Bréfritari: Klemens Björnsson
Viðtakandi: Jón Borgfirðings Jónsson
Dagsetning: A-1854-10-16
Skrifað á: Bjarteyjarsandi  Borg.

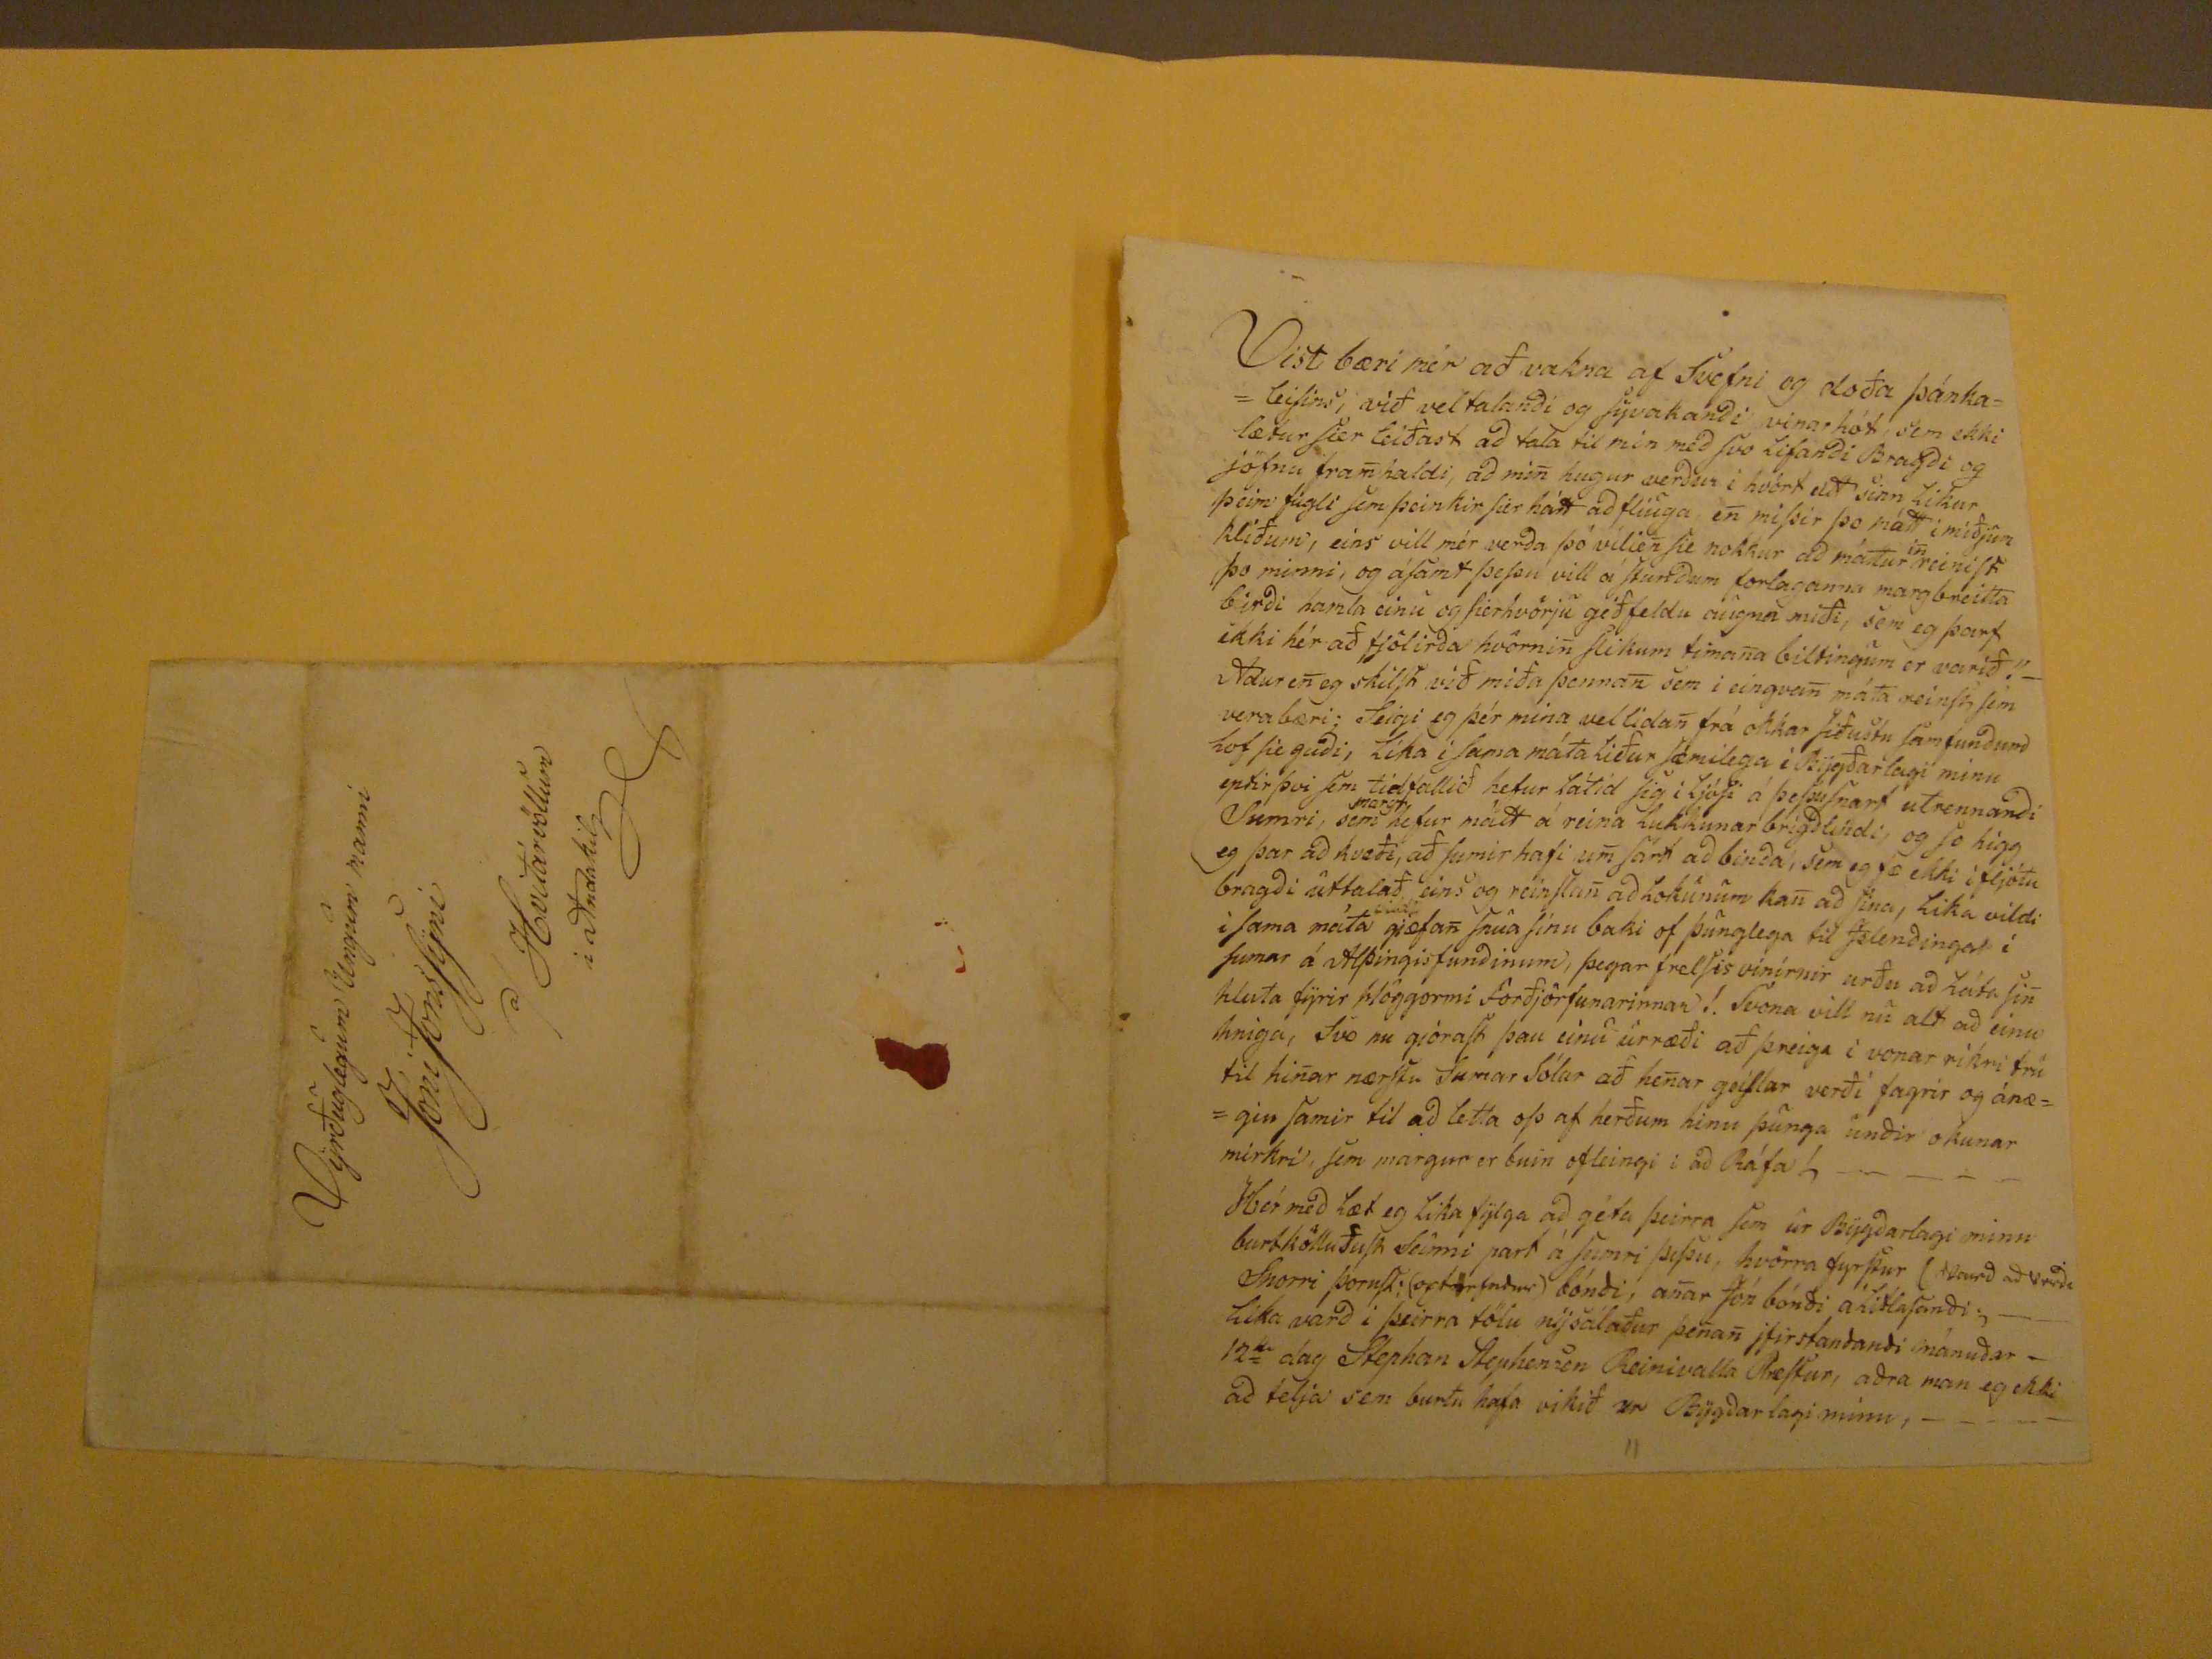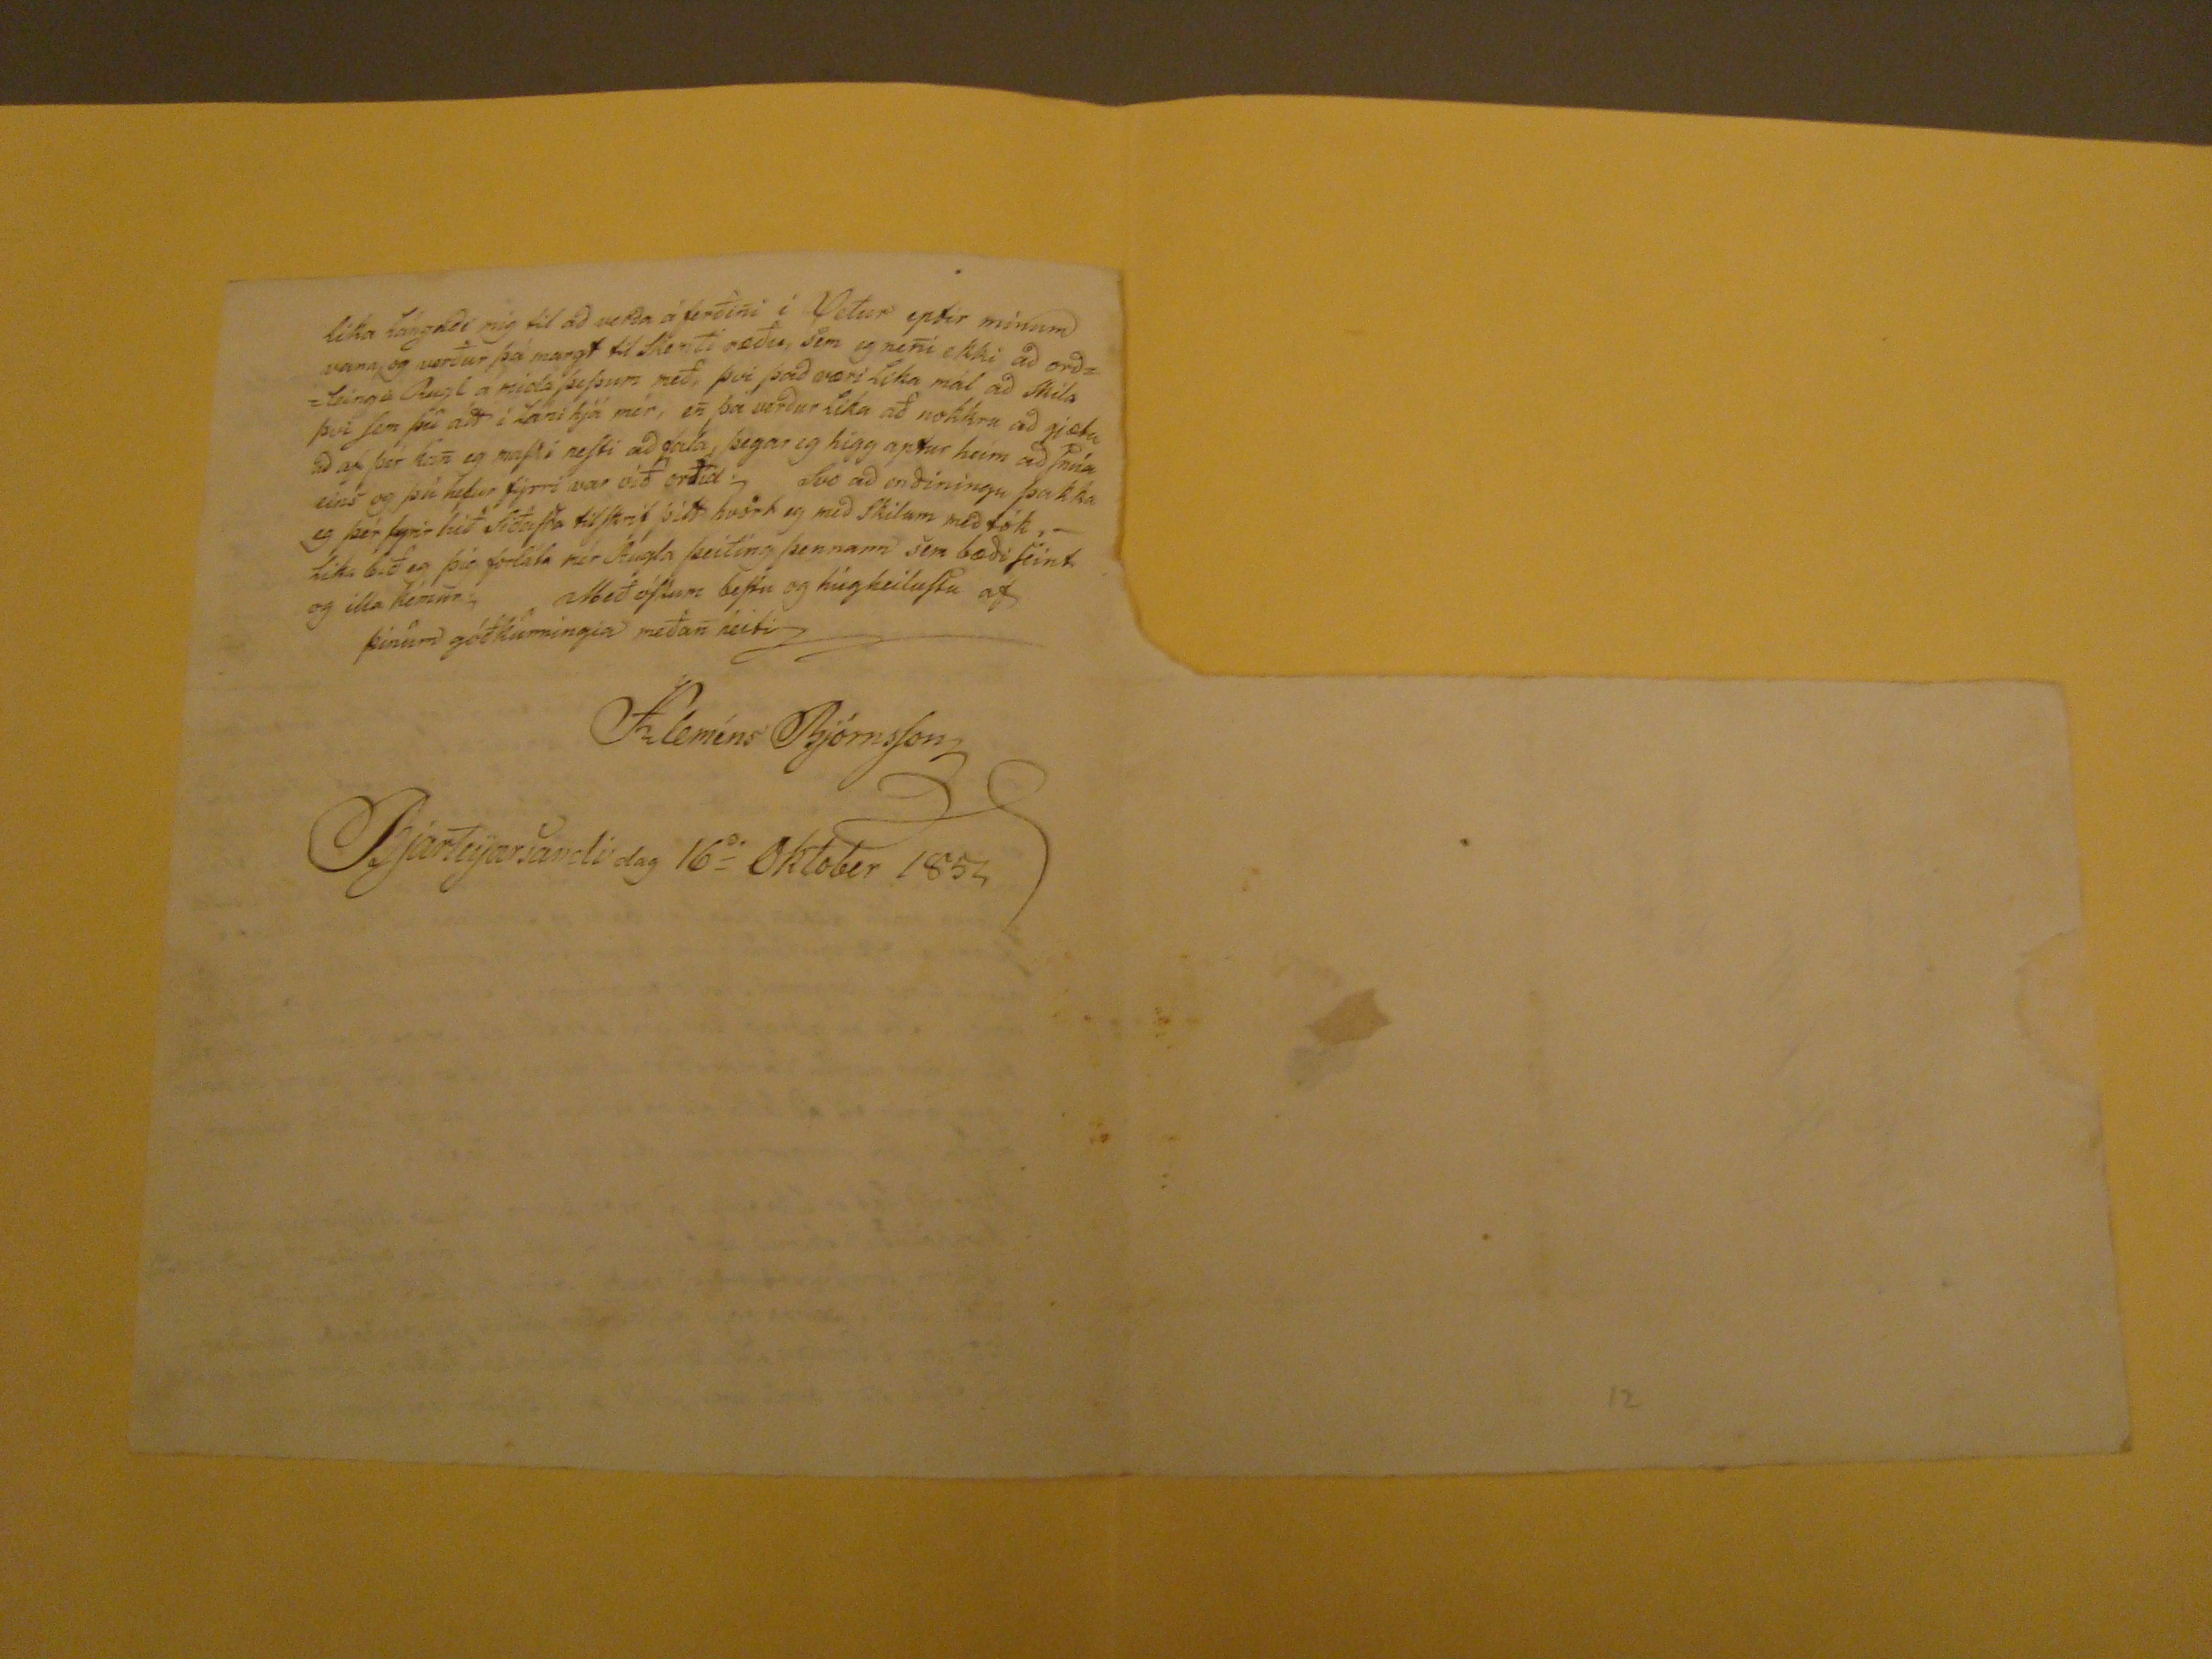

Vist bæri mér að vakna af svefni og doða þánkaleisins, við vel talanði og syvakanði vinarhót sem ekki lætur fier leiðast að tala til mín með svo lifanði Bragði og jöfnu fram haldi, að min hugur verður í hvört eitt sinn likur þeim fugli semþæeinkir sier hátt að fliuga en missir þo mátt i miðjum kliðum, ein svill mér verða þó vilien sie nokkur að máttur
in
reinist þo minni, g ásamt þessu vill á stunðum forlaganna margbreitta birði hamla einu og sierhvörju géðfeldu augna miði, sem eg þarf ekki hér að fjölirða hvörnin slikum timana biltingum er varið. Adur en eg skilst við miða þennan sem i eingvan máta reinst sem verabæri; seigi eg þér mina vellidan frá okkar siðustu samfunðum lof sie guði, lika i sama máta liður sæmilega i Bygðarlagi minu eptir þvi sem tidfallið hefur látið sig i ljósi á þessu snart utrennanði Sumri, sem
margr
hefur mátt á reina lukkunar brigðlindi, og so higg eg þar að kvæði, að sumir hafi um sárt að binða, sem eg fæ ekki i fljótu bragði úttalað eins og reinslan að lokunum kan að sina, lika vildi i sama máta
vildi
giæfan snúa sinu baki of þunglega til Islenðinga i sumar á Alþingisfunðinum, þegar frelsisvinirnir urðu að láta sin hluta fyrir Höggormi forðjörfunarinnar! Svona vill nú alt að ein u hniga, svo nu gjorast þau einu urræði að þreiga i vonar rikri tru til hinar nærstu sumarsólar að henar geislar verði fagrir og ánægiu samir til að letta oss af herðum hinu þunga unðir okunar mirkri, sem margur er buin ofleikgi i að Ráfa! - - - Hér með læt eg lika fylga að géta þeirra sem ur Bygðarlagi minu burtkölluðust seinni part á sumri þessu, hvörra fyrstur (
varð að verða
Snorri
Þornst.(ogtorfuður)
bónði, anar Jón bónði á Litlasanði. - - Lika varð i þeirra tölu nysálaður þenan jfirstanðanði mánuðar 12
ta
dag Stephan Stephanson Reinivalla Prestur, aðra man eg ekki að telja sem burtu hafa vikið ur Bygðarlagi minu, - - - -
lika lángaði mig til að verða á ferðini i Vetur petir mínum vana, og verður þá margti til skemti ræðu, sem eg neni ekki að orðleinga Rugl a mida þessum með, þvi það væri lika mál að skila þvi sem þú átt i lani hjá mér, en þá verður lika að nokkru að gjæta að af þér kan eg
maski nesti að gala
, þegar eg higg aptur heim að
finna
eins og þú ehfur fyrri var við orðid. Svo að enðingu þakka eg þér fyrir hið siðasta til skrif þitt hvört eg með skilum með tók,- lika bið eg þig forláta mér Rugla þeiting þennann sem bæði seint og illa kemur. Með óskum bestu og hugheillustu af þinum góðkunningia meðan heiti
Kleméns Björnsson
Bjarteyarsandi dag 16
da
Október 1854
Vyrðuglegum Ungum manni
Jóni Jónssyni
að/ Hvitárvöllum
i Andakil